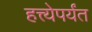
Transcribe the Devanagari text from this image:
हत्त्येपर्यंत